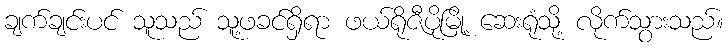
ချက်ချင်းပင် သူသည် သူ့ဖခင်ရှိရာ ဖယ်ရိုဇီပိုမြို့ ဆေးရုံသို့ လိုက်သွားသည်။